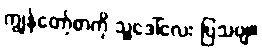
ကျွန်တော့်စာကို သူ့ဒေါ်လေး ပြသဗျ။